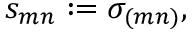
s _ { m n } : = \sigma _ { ( m n ) } ,